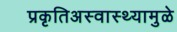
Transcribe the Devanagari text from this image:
प्रकृतिअस्वास्थ्यामुळे